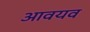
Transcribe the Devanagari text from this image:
आवयव